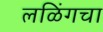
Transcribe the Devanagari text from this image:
लळिंगचा